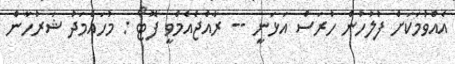
އެއްވުމަކަށް ފުލުހުން ހުރަސް އަޅަނީ -- ރާއްޖެއެމްވީ ފޮޓޯ : މުހައްމަދު ޝަރުހާން